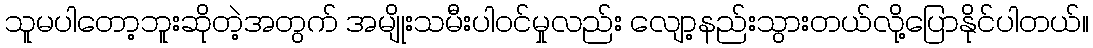
သူမပါတော့ဘူးဆိုတဲ့အတွက် အမျိုးသမီးပါဝင်မှုလည်း လျော့နည်းသွားတယ်လို့ပြောနိုင်ပါတယ်။